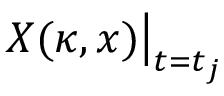
X ( \kappa , x ) \big | _ { t = t _ { j } }